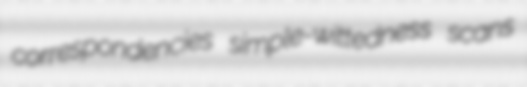
correspondencies simple-wittedness scans